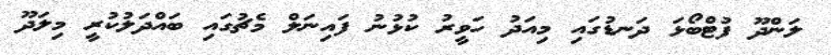
ލަންދޫ ފުޓްބޯޅަ ދަނޑުގައި މިއަދު ހަވީރު ކުޅުނު ފައިނަލް މެޗުގައި ބައްދަލުކުރީ މިލަދޫ